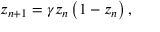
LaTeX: z _ { n + 1 } = \gamma z _ { n } \left( 1 - z _ { n } \right) ,